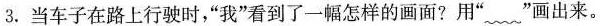
3.当车子在路上行驶时，”我”看到了一幅怎样的画面?用”﹏”画出来。